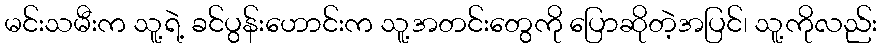
မင်းသမီးက သူ့ရဲ့ ခင်ပွန်းဟောင်းက သူ့အတင်းတွေကို ပြောဆိုတဲ့အပြင်၊ သူ့ကိုလည်း